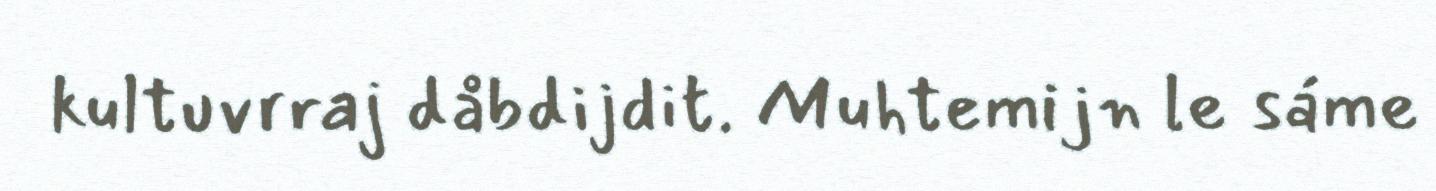
kultuvrraj dåbdijdit. Muhtemijn le sáme